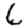
Digit: 6